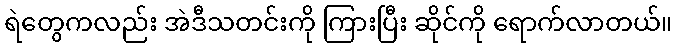
ရဲတွေကလည်း အဲဒီသတင်းကို ကြားပြီး ဆိုင်ကို ရောက်လာတယ်။